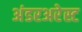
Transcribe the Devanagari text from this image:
अंडरअरेस्ट